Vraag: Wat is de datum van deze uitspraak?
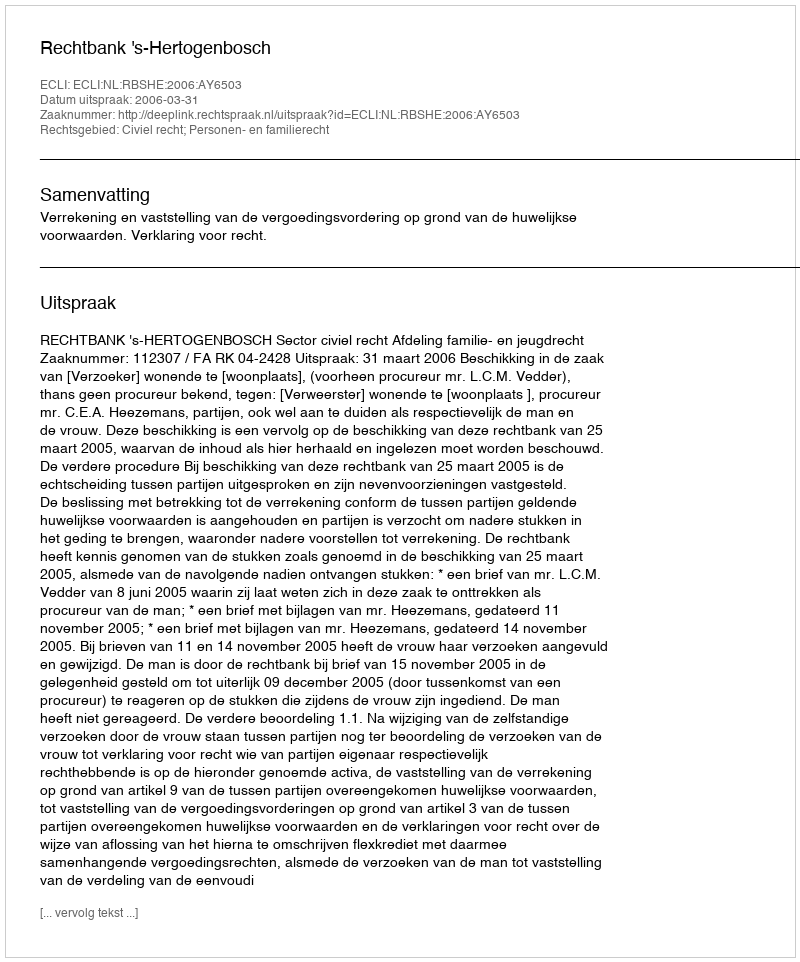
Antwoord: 2006-03-31